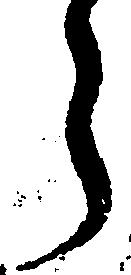
ら